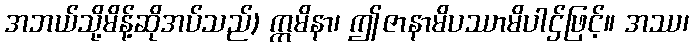
အဘယ်သို့မိန့်ဆိုအပ်သည်) ဣမိနာ၊ ဤဇာနာမိပဿာမိပါဌ်ဖြင့်။ အဿ၊